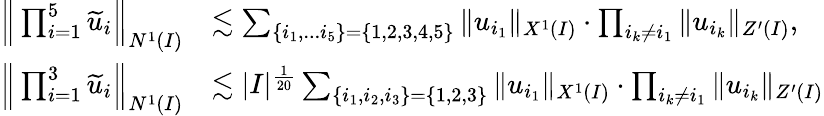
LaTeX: \begin{array}{rl}{\Big\| \prod_{i=1}^{5}\widetilde{u}_{i}\Big\| _{N^{1}(I)}}&{\lesssim\sum_{\{ i_{1},...i_{5}\} =\{ 1,2,3,4,5\} }\| u_{i_{1}}\| _{X^{1}(I)}\cdot\prod_{i_{k}\neq i_{1}}\| u_{i_{k}}\| _{Z^{\prime}(I)},}\\ {\Big\| \prod_{i=1}^{3}\widetilde{u}_{i}\Big\| _{N^{1}(I)}}&{\lesssim|I|^{\frac{1}{20}}\sum_{\{ i_{1},i_{2},i_{3}\} =\{ 1,2,3\} }\| u_{i_{1}}\| _{X^{1}(I)}\cdot\prod_{i_{k}\neq i_{1}}\| u_{i_{k}}\| _{Z^{\prime}(I)}}\end{array}